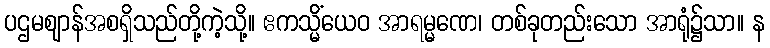
ပဌမဈာန်အစရှိသည်တို့ကဲ့သို့။ ဧကသ္မိံယေဝ အာရမ္မဏေ၊ တစ်ခုတည်းသော အာရုံ၌သာ။ န